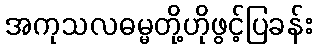
အကုသလဓမ္မတို့ဟိုဖွင့်ပြခန်း